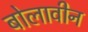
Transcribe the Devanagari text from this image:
बोलावीन